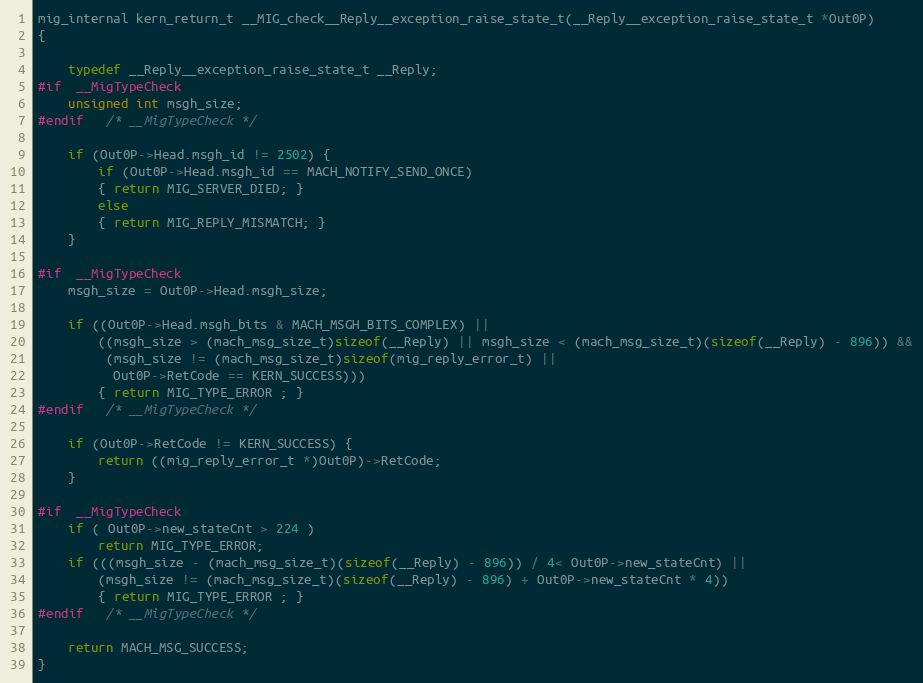
Language: C
mig_internal kern_return_t __MIG_check__Reply__exception_raise_state_t(__Reply__exception_raise_state_t *Out0P)
{

	typedef __Reply__exception_raise_state_t __Reply;
#if	__MigTypeCheck
	unsigned int msgh_size;
#endif	/* __MigTypeCheck */

	if (Out0P->Head.msgh_id != 2502) {
	    if (Out0P->Head.msgh_id == MACH_NOTIFY_SEND_ONCE)
		{ return MIG_SERVER_DIED; }
	    else
		{ return MIG_REPLY_MISMATCH; }
	}

#if	__MigTypeCheck
	msgh_size = Out0P->Head.msgh_size;

	if ((Out0P->Head.msgh_bits & MACH_MSGH_BITS_COMPLEX) ||
	    ((msgh_size > (mach_msg_size_t)sizeof(__Reply) || msgh_size < (mach_msg_size_t)(sizeof(__Reply) - 896)) &&
	     (msgh_size != (mach_msg_size_t)sizeof(mig_reply_error_t) ||
	      Out0P->RetCode == KERN_SUCCESS)))
		{ return MIG_TYPE_ERROR ; }
#endif	/* __MigTypeCheck */

	if (Out0P->RetCode != KERN_SUCCESS) {
		return ((mig_reply_error_t *)Out0P)->RetCode;
	}

#if	__MigTypeCheck
	if ( Out0P->new_stateCnt > 224 )
		return MIG_TYPE_ERROR;
	if (((msgh_size - (mach_msg_size_t)(sizeof(__Reply) - 896)) / 4< Out0P->new_stateCnt) ||
	    (msgh_size != (mach_msg_size_t)(sizeof(__Reply) - 896) + Out0P->new_stateCnt * 4))
		{ return MIG_TYPE_ERROR ; }
#endif	/* __MigTypeCheck */

	return MACH_MSG_SUCCESS;
}